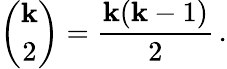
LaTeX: {\binom{\mathbf{k}}{2}}={\frac{{\mathbf{k}(\mathbf{k}-1)}}{{2}}}\, .